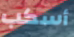
أسكب